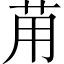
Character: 苚